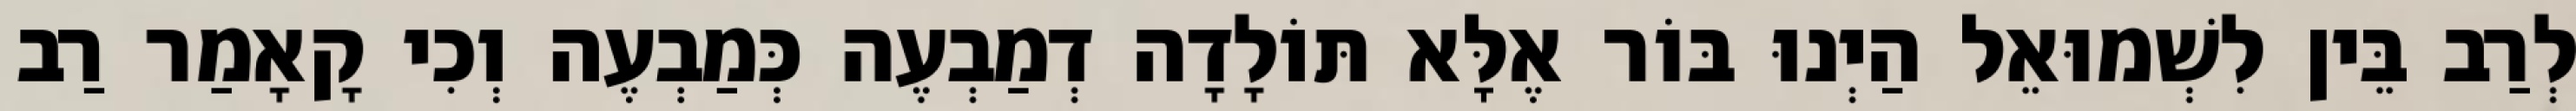
לְרַב בֵּין לִשְׁמוּאֵל הַיְנוּ בּוֹר אֶלָּא תּוֹלָדָה דְמַבְעֶה כְּמַבְעֶה וְכִי קָאָמַר רַב